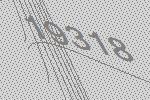
19318